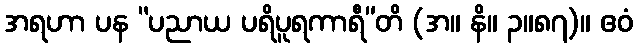
အရဟာ ပန “ပညာယ ပရိပူရကာရီ”တိ (အ။ နိ။ ၃။၈၇)။ ဧဝံ